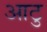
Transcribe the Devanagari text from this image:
आटु